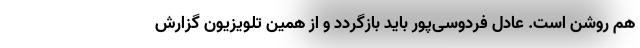
هم روشن است. عادل فردوسی‌پور باید بازگردد و از همین تلویزیون گزارش